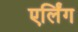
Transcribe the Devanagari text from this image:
एर्लिंग